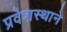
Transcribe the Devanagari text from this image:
प्रवेशस्थाने